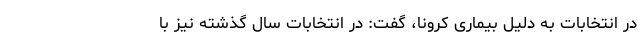
در انتخابات به دلیل بیماری کرونا، گفت: در انتخابات سال گذشته نیز با